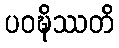
ပဝဍ္ဎိဿတိ